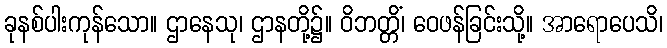
ခုနစ်ပါးကုန်သော။ ဌာနေသု၊ ဌာနတို့၌။ ဝိဘတ္တိံ၊ ဝေဖန်ခြင်းသို့။ အာရောပေသိ၊